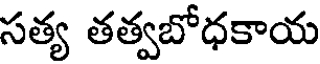
సత్య తత్వబోధకాయ